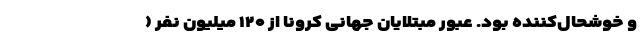
و خوشحال‌کننده بود. عبور مبتلایان جهانی کرونا از ۱۲۰ میلیون نفر (